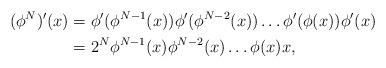
LaTeX: \begin{align*}(\phi^N)'(x) & = \phi'(\phi^{N-1}(x))\phi'(\phi^{N-2}(x))\dots \phi'(\phi(x))\phi'(x) \\& = 2^N\phi^{N-1}(x)\phi^{N-2}(x)\dots \phi(x)x,\end{align*}